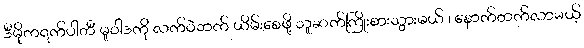
ဒီမိုကရက်ပါတီ မူဝါဒကို လက်ဝဲဘက် ယိမ်းစေဖို့ သူဆက်ကြိုးစားသွားမယ် ၊ နောက်တက်လာမယ့်